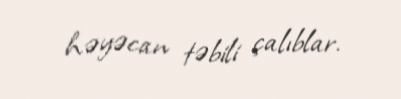
həyəcan təbili çalıblar.